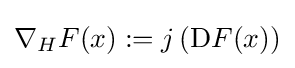
\nabla _{H}F(x):=j\left(\mathrm {D} F(x)\right)